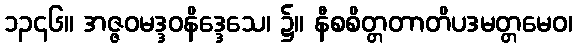
၁၃၄၆။ အဇ္ဇဝမဒ္ဒဝနိဒ္ဒေသေ၊ ၌။ နီစစိတ္တတာတိပဒမတ္တမေဝ၊